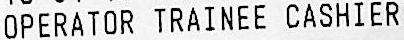
OPERATOR TRAINEE CASHIER